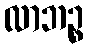
လာဘဉ္စ